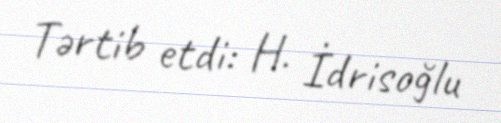
Tərtib etdi: H. İdrisoğlu